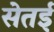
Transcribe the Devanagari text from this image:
सेतई